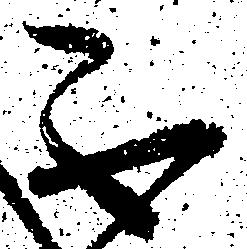
不